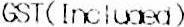
GST(INCLUDED)